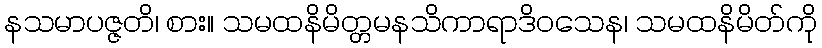
နသမာပဇ္ဇတိ၊ စား။ သမထနိမိတ္တမနသိကာရာဒိဝသေန၊ သမထနိမိတ်ကို